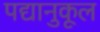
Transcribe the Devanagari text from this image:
पद्यानुकूल